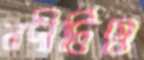
নদীটিও